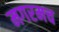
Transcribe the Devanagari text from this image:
मगरमच